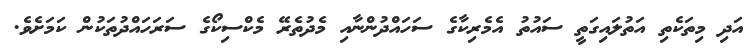
އަދި މިތަކެތި އަތުލައިގަތީ ސައުތު އެމެރިކާގެ ސަހައްދުންނާއި މެދުތެރޭ މެކްސިކޯގެ ސަރަހައްދުތަކުން ކަމަށެވެ.